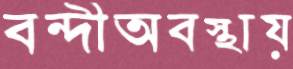
বন্দীঅবস্থায়